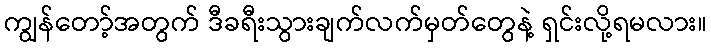
ကျွန်တော့်အတွက် ဒီခရီးသွားချက်လက်မှတ်တွေနဲ့ ရှင်းလို့ရမလား။